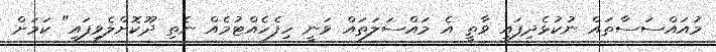
މުއައްސަސާތައް ނުކުޅެދިފައި ވާތީ އެ މައްސަލަތައް ވަނީ ހިފެހެއްޓުމެއް ނެތި ދޫކޮށްލެވިފައި" ކަމަށް